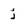
Character: j